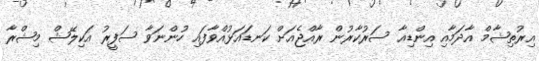
އިރުތިޝާމް އާދަމާއި އިންޑިއާ ސަރުކާރުން ރާއްޖެއަށް ކަނޑައަޅުއްވާފައި ހުންނަވާ ސަފީރު އަކިލޭޝް މިޝްރާ